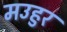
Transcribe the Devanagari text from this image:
मउहुर